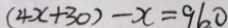
( 4 x + 3 0 ) - x = 9 6 0